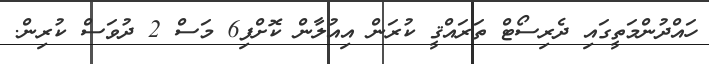
ހައްދުންމަތީގައި ދެރިސޯޓް ތަރައްޤީ ކުރަން އިއުލާން ކޮށްފި6 މަސް 2 ދުވަސް ކުރިން.